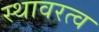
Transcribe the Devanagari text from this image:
स्थावरत्व